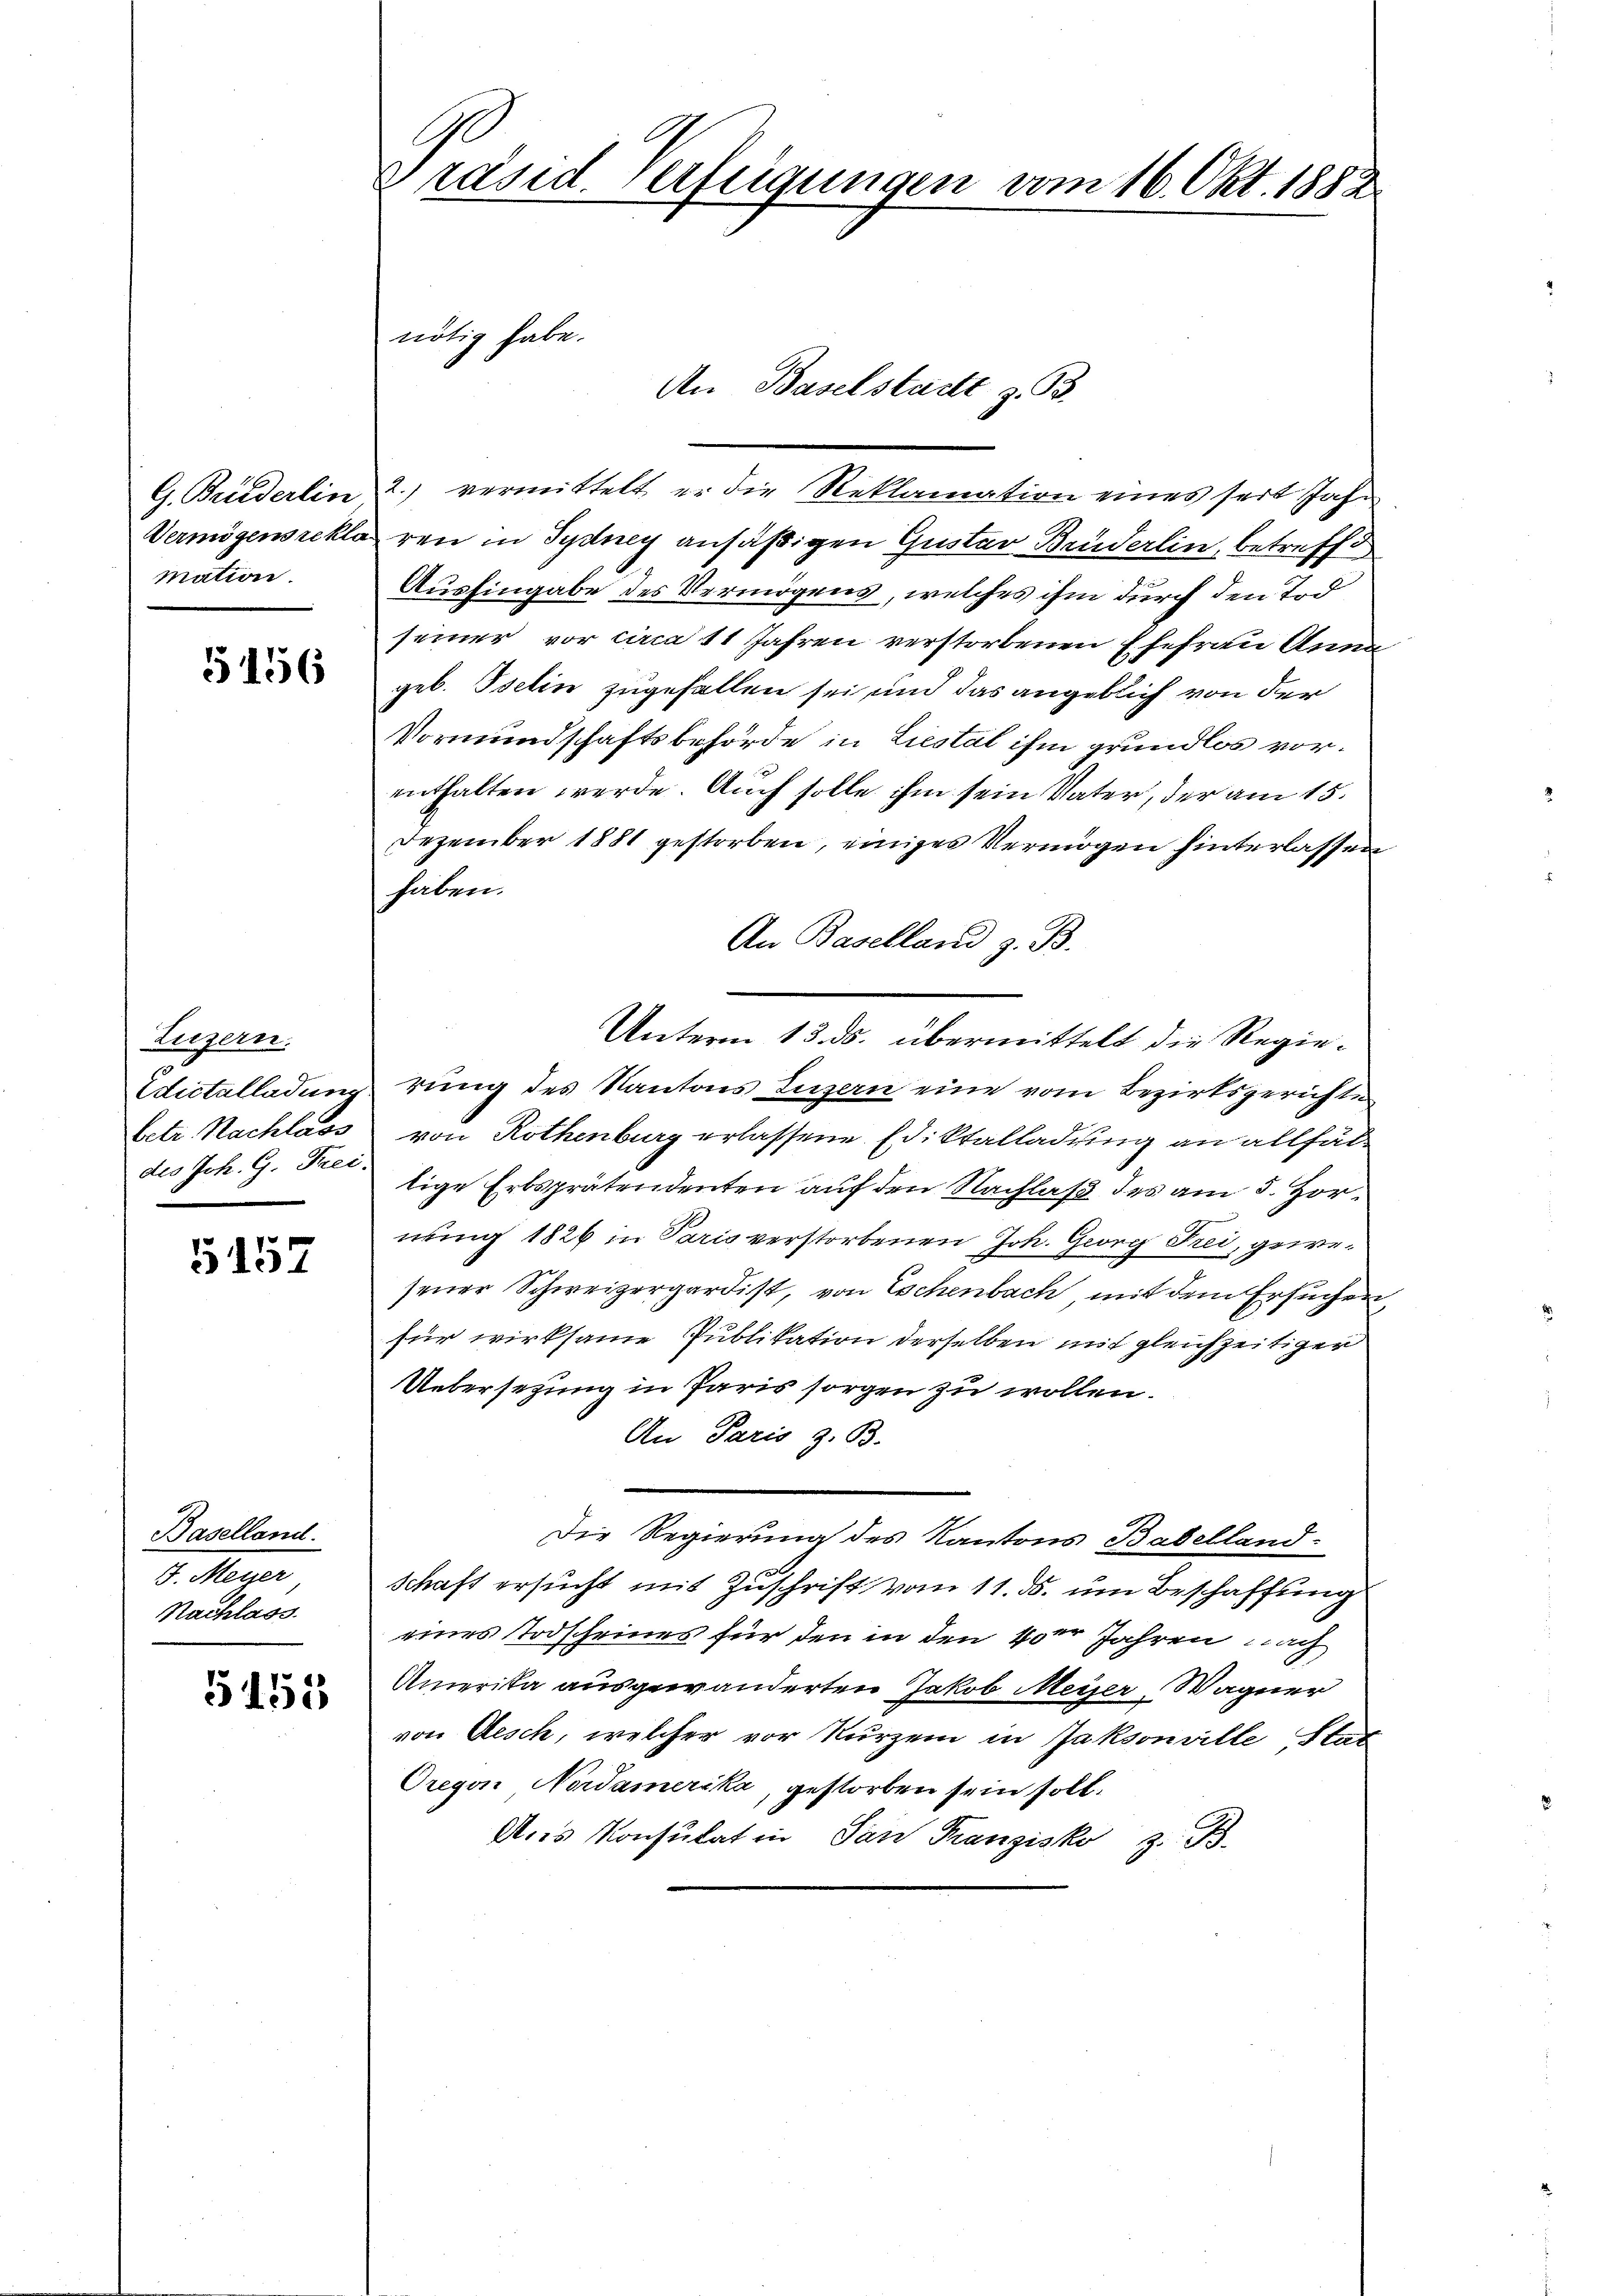
G. Briederlin
Vermögens rekla
mation.

5156

Luzern.
Edictalladung
betr. Nachlass
des Joh. G. Frei

5157

Baselland.
b. Meier
Nachlass.

5155

9
Präsid. Verfügungen vom 16. Okt. 1882

An Baselstadt z. B.
2.) vermittelt er die Reklamation eines seit Jahr
ren in Sydney ansäßigen Gustav Brüderlin, betreffe
Aushingabe des Vermögens, welches ihm durch den Tod
seiner vor circa 11 Jahren verstorbenen Ehefrau Anna
geb. Iselin zugefallen sei und das angeblich von der
Vormundschaftsbehörde in Liestal ihm grundlos vorenthalten werde. Auch solle ihm sein Vater, der am 15.
Dezember 1881 gestorben, einiges Vermögen hinterlassen
haben.
An Baselland z. B.
Unterm 13. ds. übermittelt die Regierung des Kantons Luzern eine vom Bezirksgerichte
von Rothenburg erlassene Ediktalladung an allfältige Erbsprätendenten auf den Nachlaß des am 5. Hornung 1826 in Paris verstorbenen Joh. Georg Frei, gewesener Schweizergardist, von Eschenbach mit dem Ersuchen,
für wirksame Publikation derselben mit gleichzeitiger
Uebersetzung in Paris sorgen zu wollen.
An Paris z. B.
Die Regierung des Kantons Babelland
Schaft ersucht mit Zuschrift vom 11. ds. um Beschaffung
eines Todscheines für den in den 40er Jahren nach
Amerika ausgewanderten Jakob Meyer, Wagner
von Aesch, welcher vor kurzem in Jaksonville Stat
Oregor Nordamerika, gestorben sein soll.
Ans Konsulat in San Franzisko z. B.

nötig habe.